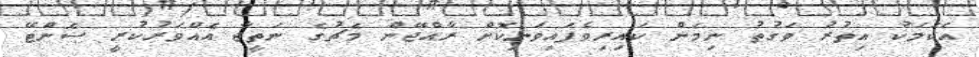
އެކަމަކު އިތުުރު ވަގުތު ނިމެން ކައިރިވެފައިވަނިކޮށް ރާއްޖޭން މެޗުގެ ނަތީޖާ އެއްވަރުކުރީ ސެންޓޭ